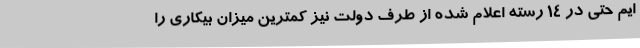
ایم حتی در 14 رسته اعلام شده از طرف دولت نیز کمترین میزان بیکاری را